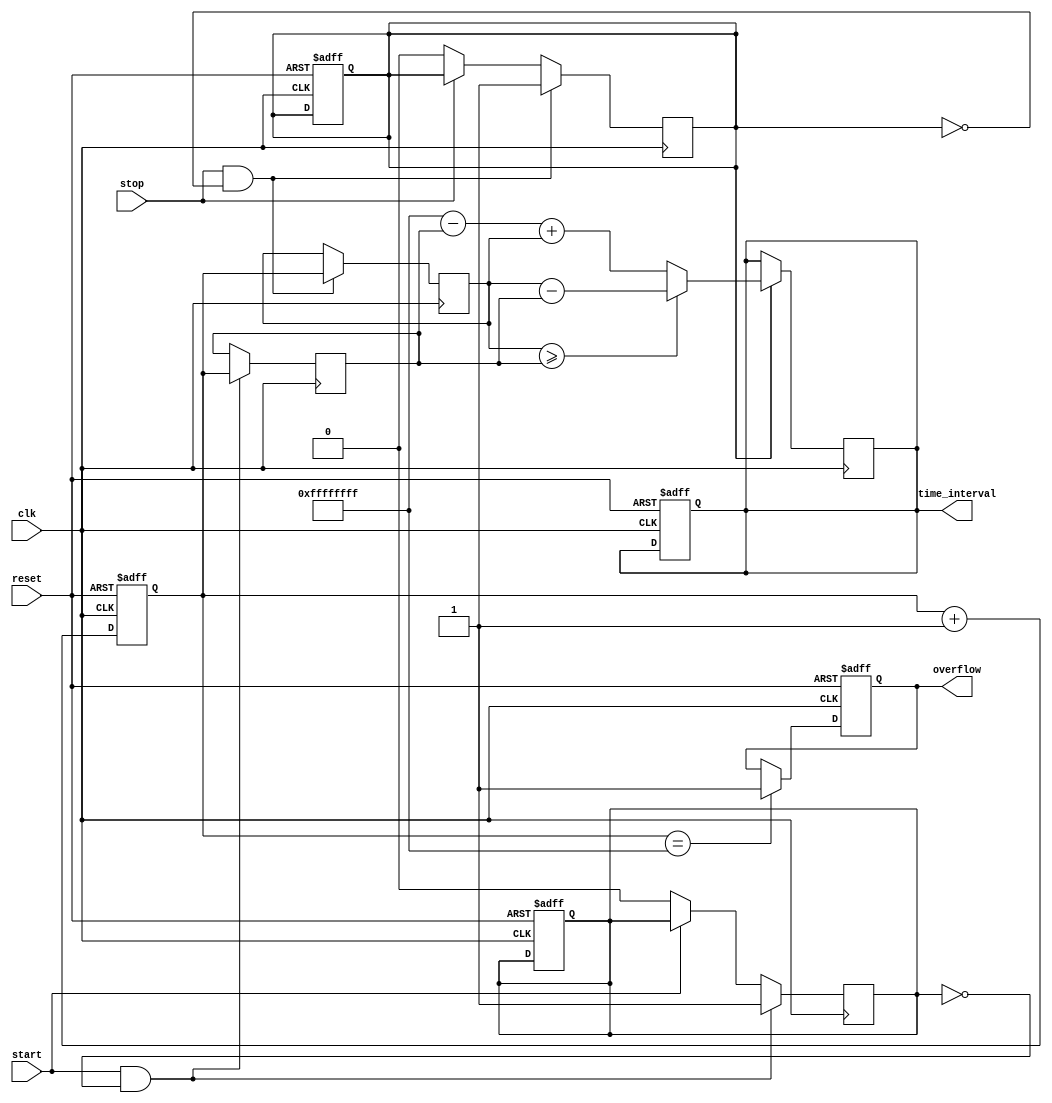
module TDC (
    input wire clk,          // High-frequency clock signal
    input wire reset,        // Reset signal
    input wire start,        // Start event signal
    input wire stop,         // Stop event signal
    output reg [31:0] time_interval, // Measured time interval output
    output reg overflow      // Overflow indicator
);

    reg [31:0] counter;      // Counter to measure time
    reg [31:0] start_time;   // Time captured at start event
    reg [31:0] stop_time;    // Time captured at stop event
    reg start_detected;      // Flag to indicate start event detected
    reg stop_detected;       // Flag to indicate stop event detected

    // Counter logic
    always @(posedge clk or posedge reset) begin
        if (reset) begin
            counter <= 32'b0;
            time_interval <= 32'b0;
            overflow <= 1'b0;
            start_detected <= 1'b0;
            stop_detected <= 1'b0;
        end else begin
            // Increment counter
            counter <= counter + 1;

            // Check for overflow
            if (counter == 32'hFFFFFFFF) begin
                overflow <= 1'b1; // Set overflow flag
            end
        end
    end

    // Start event detection
    always @(posedge clk) begin
        if (start && !start_detected) begin
            start_time <= counter; // Capture counter value at start
            start_detected <= 1'b1; // Set start detected flag
        end else if (!start) begin
            start_detected <= 1'b0; // Reset start detected flag
        end
    end

    // Stop event detection
    always @(posedge clk) begin
        if (stop && !stop_detected) begin
            stop_time <= counter; // Capture counter value at stop
            stop_detected <= 1'b1; // Set stop detected flag
        end else if (!stop) begin
            stop_detected <= 1'b0; // Reset stop detected flag
        end
    end

    // Time measurement logic
    always @(posedge clk) begin
        if (stop_detected) begin
            if (stop_time >= start_time) begin
                time_interval <= stop_time - start_time; // Calculate time interval
            end else begin
                time_interval <= 32'hFFFFFFFF - start_time + stop_time; // Handle overflow
            end
        end
    end

endmodule